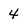
Character: 4